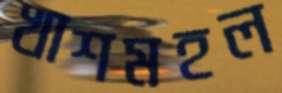
খাশমহল